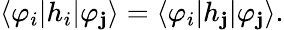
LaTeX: \langle\varphi_{i}|h_{i}|\varphi_{\mathbf{j}}\rangle=\langle\varphi_{i}|h_{\mathbf{j}}|\varphi_{\mathbf{j}}\rangle.